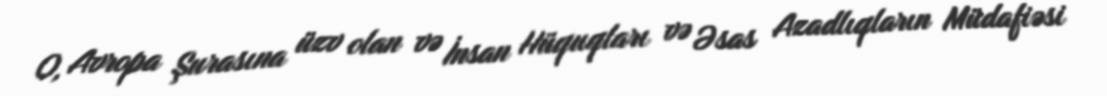
O, Avropa Şurasına üzv olan və İnsan Hüquqları və Əsas Azadlıqların Müdafiəsi